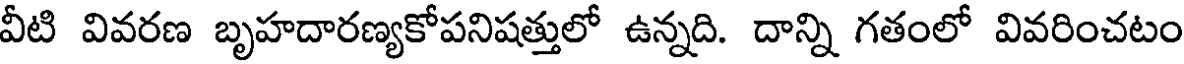
వీటి వివరణ బృహదారణ్యకోపనిషత్తులో ఉన్నది. దాన్ని గతంలో వివరించటం